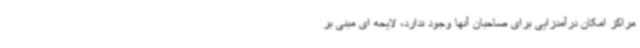
مراکز امکان درآمدزایی برای صاحبان آنها وجود ندارد، لایحه ای مبنی بر